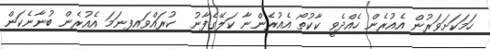
ހަމަކަށަވަރުން އެއުރެން ހެއްދެވީ ކާކުތޯ އެއުރެންނާ ކަލޭގެފާނު  ކުރައްވައިފިނަމަ އެއުރެން ބުނާނެކަން